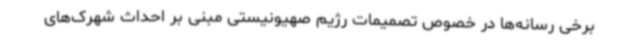
برخی رسانه‌ها در خصوص تصمیمات رژیم صهیونیستی مبنی بر احداث شهرک‌های